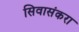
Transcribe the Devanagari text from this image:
सिवासंकरा